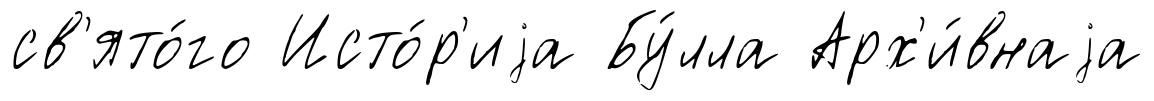
св'ято́го Исто́р'иjа Бу́лла Арх'и́внаjа